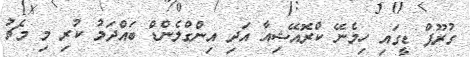
ގުރޫޕް ޑީގައި ހިމެނޭ ކްރޮއޭޝިއާ އަދި އިންގްލެންޑް ބައްދަލު ކުރި މި މެޗު